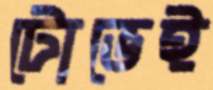
টোভেই